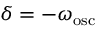
\delta = - \omega _ { \mathrm { o s c } }